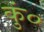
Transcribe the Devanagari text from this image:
कुं०